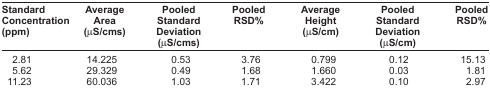
| Standard Concentration (ppm) | Average Area (μS/cms) | Pooled Standard Deviation (μS/cms) | Pooled RSD% | Average Height (μS/cm) | Pooled Standard Deviation (μS/cm) | Pooled RSD% |
 | --- | --- | --- | --- | --- | --- | --- |
 | 2.81 | 14.225 | 0.53 | 3.76 | 0.799 | 0.12 | 15.13 |
 | 5.62 | 29.329 | 0.49 | 1.68 | 1.660 | 0.03 | 1.81 |
 | 11.23 | 60.036 | 1.03 | 1.71 | 3.422 | 0.10 | 2.97 |